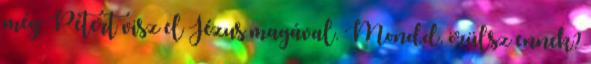
még Pétert visz el Jézus magával. Mondd, örülsz ennek?